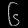
Digit: ၆